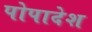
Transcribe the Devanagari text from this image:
पोपादेश